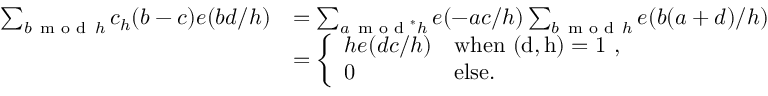
\begin{array} { r l } { \sum _ { b \mathbin { \, \textrm { m o d } \, } h } c _ { h } ( b - c ) e ( b d / h ) } & { = \sum _ { a \mathbin { \, \textrm { m o d } ^ { * } } h } e ( - a c / h ) \sum _ { b \mathbin { \, \textrm { m o d } \, } h } e ( b ( a + d ) / h ) } \\ & { = \left\{ \begin{array} { l l } { h e ( d c / h ) } & { \mathrm { w h e n ~ ( d , h ) = 1 ~ } , } \\ { 0 } & { \mathrm { e l s e } . } \end{array} \right. } \end{array}